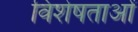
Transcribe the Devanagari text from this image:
विशेषताओें